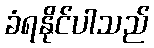
ခံရနိုင်ပါသည်